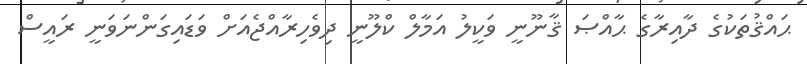
ޙައްޤުތަކުގެ ދާއިރާގެ ޙާއްޞަ ޤާނޫނީ ވަކީލު އަމާލް ކްލޫނީ ދިވެހިރާއްޖެއަށް ވަޑައިގަންނަވަނީ ރައީސް